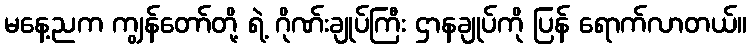
မနေ့ညက ကျွန်တော်တို့ ရဲ့ ဂိုဏ်းချုပ်ကြီး ဌာနချုပ်ကို ပြန် ရောက်လာတယ်။